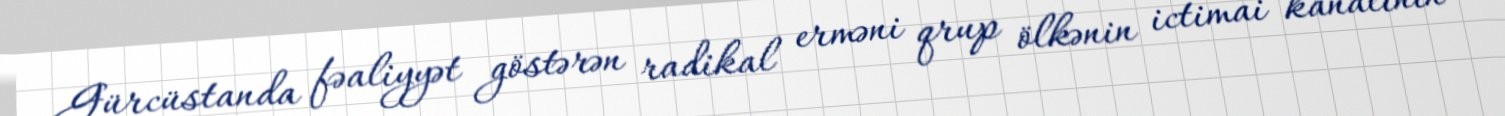
Gürcüstanda fəaliyyət göstərən radikal erməni qrup ölkənin ictimai kanalının